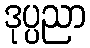
ဒုပ္ပညာ